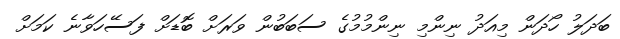
ބަދަލު ހޯދަން މިއަދު ނިންމި ނިންމުމުގެ ސަބަބުން ވަރަށް ބޮޑަށް ފަސޭހަވާނެ ކަމަށް